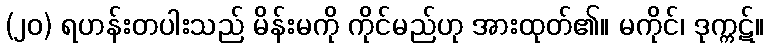
(၂၀) ရဟန်းတပါးသည် မိန်းမကို ကိုင်မည်ဟု အားထုတ်၏။ မကိုင်၊ ဒုက္ကဋ်။